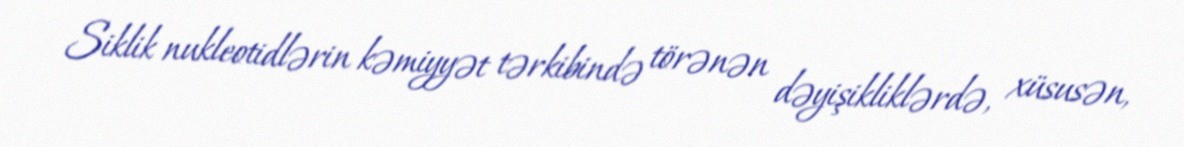
Siklik nukleotidlərin kəmiyyət tərkibində törənən dəyişikliklərdə, xüsusən,